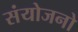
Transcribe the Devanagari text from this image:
संयोजनो